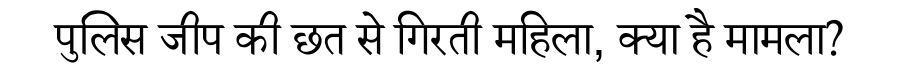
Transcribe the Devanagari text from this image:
पुलिस जीप की छत से गिरती महिला, क्या है मामला?